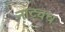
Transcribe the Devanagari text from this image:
नाट्यच